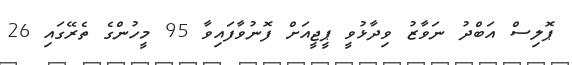
ޕޮލިސް އަބްދު ނަވާޒު ވިދާޅުވީ ޕީޖީއަށް ފޮނުވާފައިވާ 95 މީހުންގެ ތެރޭގައި 26